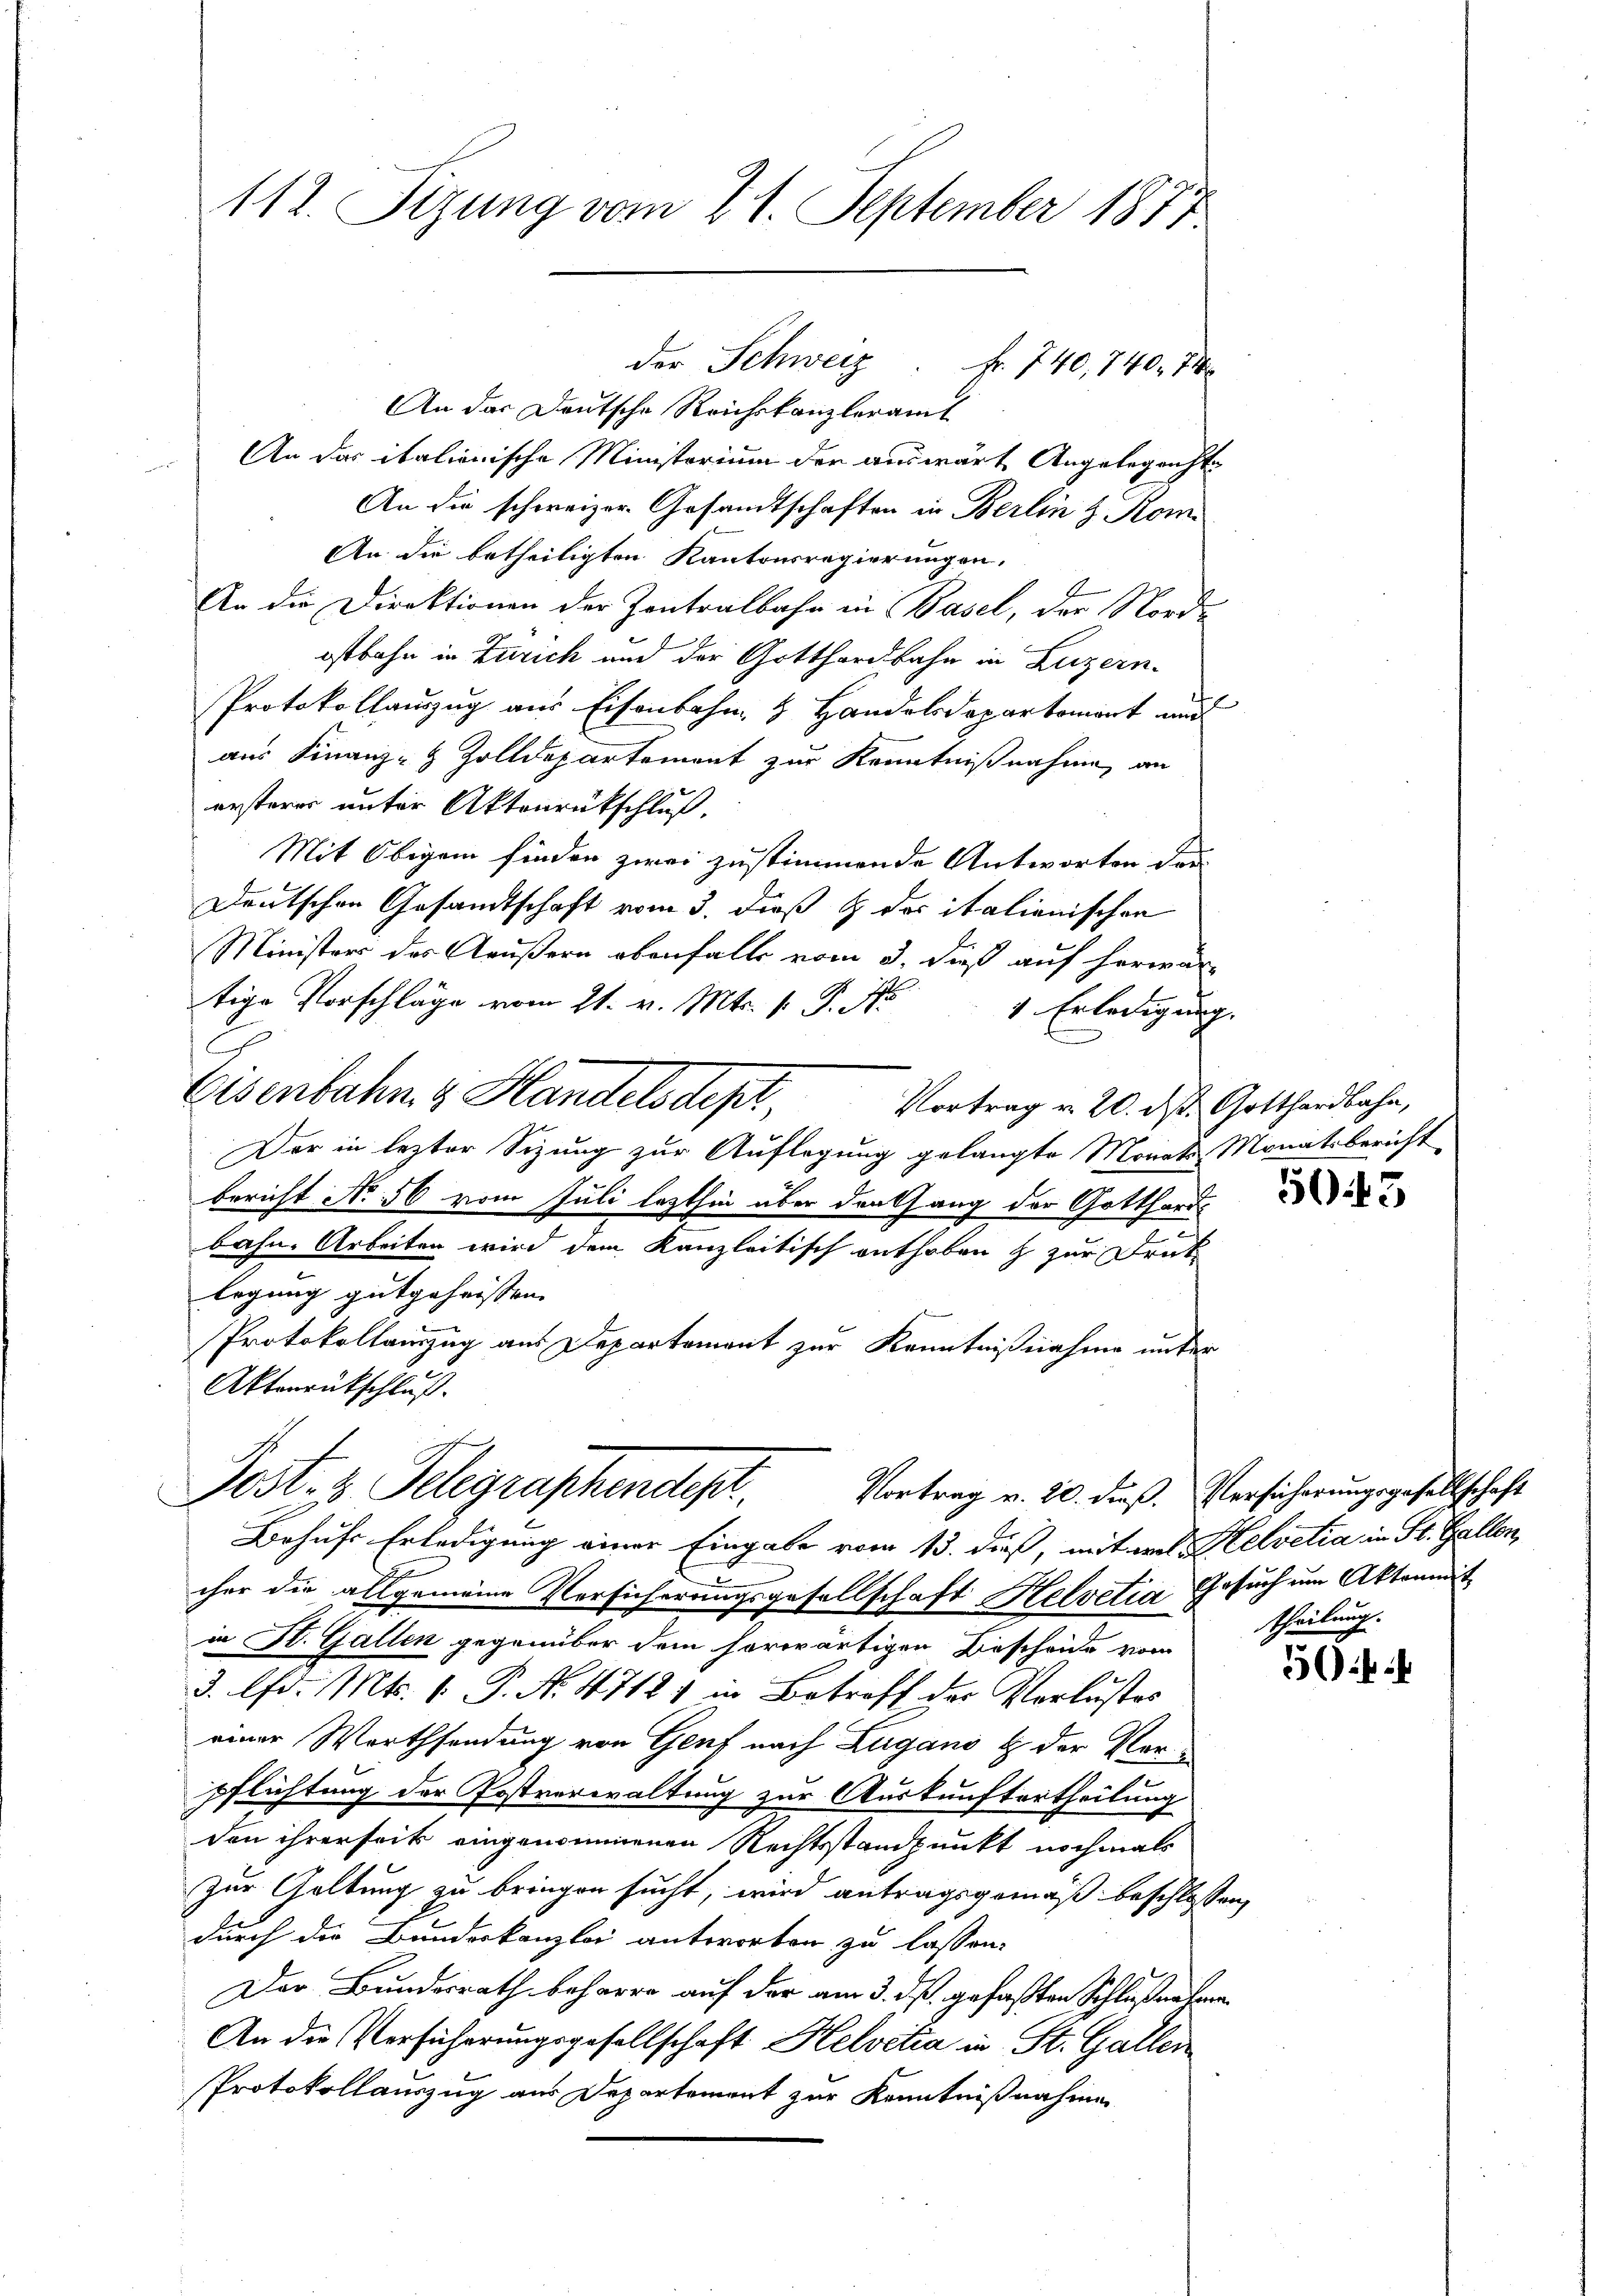
112. Fizung vom 21. September 1877

An das Deutsche Reichskanzleramt
An das italionische Ministorium der auswärte Angelegenste
An die schweizer Gesamtschaften in Berlin z. Kom
An die betheiligten Kantonsregierungen,
An die Direktionen der Zentralbahn in Basel, der Nordostbahn in Zürich und der Gotthardbahn in Luzern.
Protokollauszug aus Eisenbahn & Handelsdepartement und
aus Finanz- & Zolldepartement zur Kenntnißnahme an
ersterer unter Aktenrückschluß.
Mit Obigem finden zwei zustimmende Antworten der
Deutschen Gesandtschaft vom 3. dieß & der italienischen
Ministers des Aeußern ebenfalls vom 3. dieß auf herwar-
tige Vorschläge vom 21. v. Mts. v. P. Nr
1 Erledigung.
C
Eisenbahn & Handels dept,
Vortrag v. 20. ds. Gotthardbahn,
Der in lezter Sitzung zur Auflegung gelangte Monats Monatsbericht
bericht No 56 vom Juli lezthin über denkhang der Gotthardbahn. Arbeiten wird dem Kanzleitisch enthoben & zur Drat
legung gutgeheissen. |
Protokollauszug aus Departement zur Kenntnißnahme unter
Aktenrückschluß.

der Schweiz. fr. 740, 740. 74

Post- & Telegraphendest. Vortrag v. 20. dieß. Versicherungsgesellschaft

Behufs Erledigung einer Eingabe vom 13. dieß, mit wel- Helvetia in St. Gallen,
cher die allgemeine Versicherungsgesellschaft Helvetia Gesuch um Aktomit
in St. Gallen gegenüber dem herwärtigen Bescheide vom
d. lfd. Mts. 1. P. N. 47121 in Betreff der Verlustes
einer Worthsendung von Genf nach Zugano & der Verpflichtung der Postverwaltung zur Auskunftertheilung
den ihrerseit eingenommenen Rechtstandpunkt nochmals
Zur Geltung zu bringen sucht, wird antragsgemäß beschlossen,
durch die Bundeskanzlei antworten zu lassen.
Der Bundesrath beharre auf der am 3. ds. gefaßten Schlußnahmen
An die Versicherungsgesellschaft Helvetia in St. Gallen
Protokollauszug aus Departement zur Kenntnißnahme

5045

theilung.
54